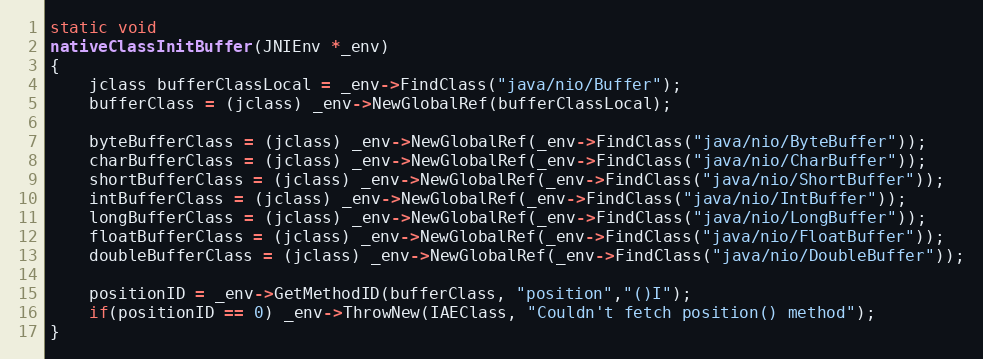
Language: C++
static void
nativeClassInitBuffer(JNIEnv *_env)
{
    jclass bufferClassLocal = _env->FindClass("java/nio/Buffer");
    bufferClass = (jclass) _env->NewGlobalRef(bufferClassLocal);

    byteBufferClass = (jclass) _env->NewGlobalRef(_env->FindClass("java/nio/ByteBuffer"));
    charBufferClass = (jclass) _env->NewGlobalRef(_env->FindClass("java/nio/CharBuffer"));
    shortBufferClass = (jclass) _env->NewGlobalRef(_env->FindClass("java/nio/ShortBuffer"));
    intBufferClass = (jclass) _env->NewGlobalRef(_env->FindClass("java/nio/IntBuffer"));
    longBufferClass = (jclass) _env->NewGlobalRef(_env->FindClass("java/nio/LongBuffer"));
    floatBufferClass = (jclass) _env->NewGlobalRef(_env->FindClass("java/nio/FloatBuffer"));
    doubleBufferClass = (jclass) _env->NewGlobalRef(_env->FindClass("java/nio/DoubleBuffer"));

    positionID = _env->GetMethodID(bufferClass, "position","()I");
    if(positionID == 0) _env->ThrowNew(IAEClass, "Couldn't fetch position() method");
}